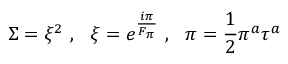
\Sigma = \xi ^ { 2 } \ , \ \ \xi = e ^ { \frac { i \pi } { F _ { \pi } } } \ , \ \ \pi = { \frac { 1 } { 2 } } \pi ^ { a } \tau ^ { a }